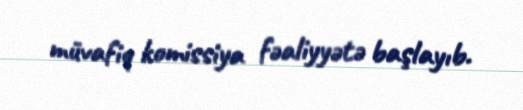
müvafiq komissiya fəaliyyətə başlayıb.